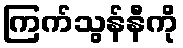
ကြက်သွန်နီကို